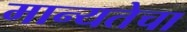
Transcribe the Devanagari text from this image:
मान्यतेचा